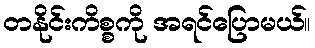
တနိုင်းကိစ္စကို အရင်ပြောမယ်။